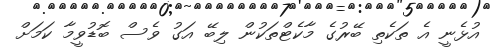
އުޅެނީ އެ ތަކެތި ބޭރުގެ މާކެޓްތަކުން ލިބޭ އަގު ވެސް ބޮޑުވީމާ ކަމަށް